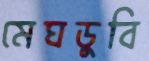
মেঘডুবি